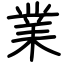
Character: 業